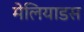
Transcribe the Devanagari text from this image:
मेलियाडस